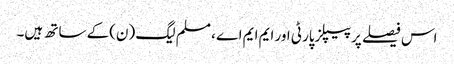
اس فیصلے پر پیپلزپارٹی اور ایم ایم اے ، مسلم لیگ (ن)کے ساتھ ہیں۔